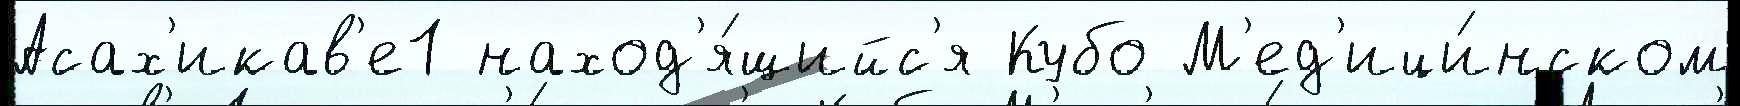
Асах'икав'е1 наход'я́щийс'я Кубо М'ед'ици́нском